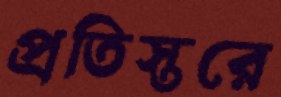
প্রতিস্তরে